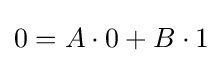
0=A\cdot 0+B\cdot 1